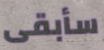
سأبقى